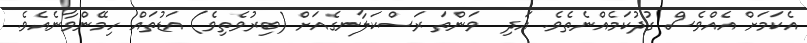
އެކަމަށް އެއްވެސް ގުދުކަމެއްނެތެވެ. އަދި  ވަންތަ ރަސްކަލާނގެއަށް (ބިރުވެތިވެ) އަޑުތައް ހިމޭންވާނެއެވެ.